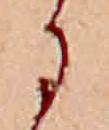
に